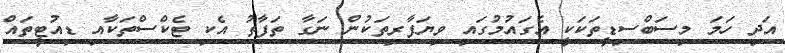
އަދި ހަމަ މިސަބްސިޑީތަކަކީ އެގައުމުގައި ވިޔަފާރިތަކުން ނަގާ ތަފާތު އެކި ޓެކްސްތަކާއި ޑިއުޓީތައް